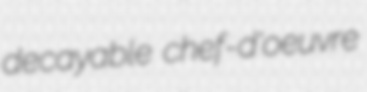
decayable chef-d'oeuvre